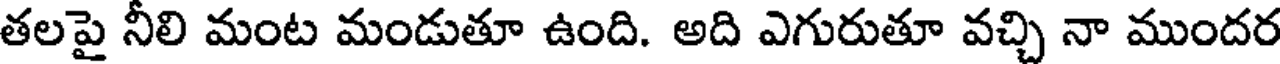
తలపై నీలి మంట మండుతూ ఉంది. అది ఎగురుతూ వచ్చి నా ముందర